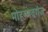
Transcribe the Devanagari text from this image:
मोहम्मदगंज